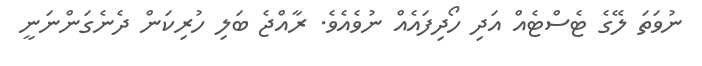
ނުވަތަ ލޭގެ ޓެސްޓެއް އަދި ހޯދިފައެއް ނުވެއެވެ. ރާއްޖެ ބަލި ހުރިކަން ދެނެގަންނަނީ